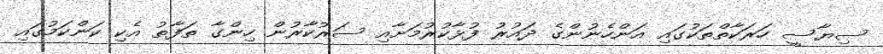
ސިޔާސީ ހަރަކާތްތަކުގައި އަންހެނުންގެ ދައުރު ފުޅާކުރުމަށާއި ސަރުކާރުން ހިންގާ ތަފާތު އެކި ކަންކަމުގައި